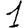
Digit: 1